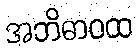
အဘိဓာဝထ